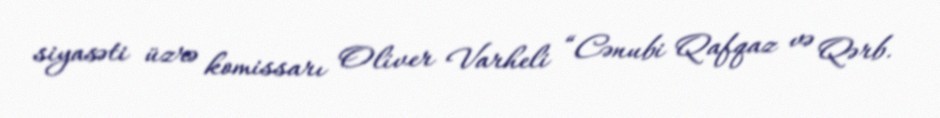
siyasəti üzrə komissarı Oliver Varheli “Cənubi Qafqaz və Qərb.